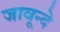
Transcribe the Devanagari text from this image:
जावून्दे